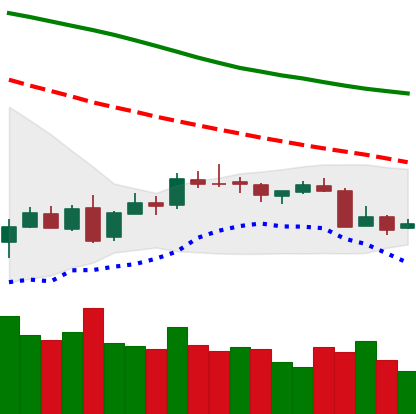
Ticker: XMR-USD
Chart end date: 2018-07-13
Forward return: 14.067%
Label: up_7plus